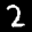
Label: 2